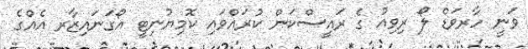
ވަނީ ހާރވަޑް ލޯ ރިވިއު ގެ ރައީސްކަން ކުރައްވައި ކޮމިޔުނިޓީ އޯގަނައިޒާރ އެއްގެ